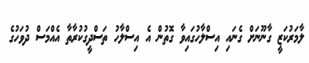
ލާމަރުކަޒީ ގާނޫނަށް ގެނައި އިސްލާހުގައިވާ ގޮތުން އެ އިސްލާހު ތަސްދީގުކުރާތާ އެއްމަސް ދުވަހުގެ